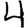
Digit: 4